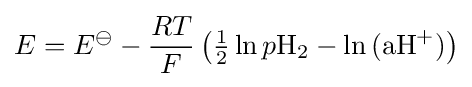
E=E^{\ominus }-{\frac {RT}{F}}\left({\tfrac {1}{2}}\ln p{{\ce {H2}}}-\ln {\ce {(aH+)}}\right)